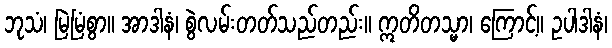
ဘုသံ၊ မြဲမြံစွာ။ အာဒါနံ၊ စွဲလမ်းတတ်သည်တည်း။ ဣတိတသ္မာ၊ ကြောင့်။ ဥပါဒါနံ၊